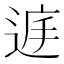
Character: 𨓍